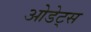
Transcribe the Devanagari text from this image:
ओडेट्स